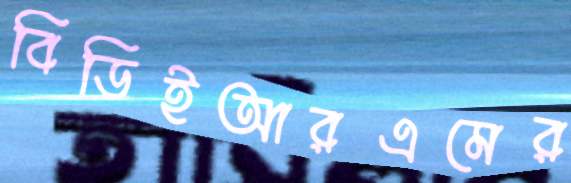
বিডিইআরএমের